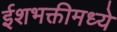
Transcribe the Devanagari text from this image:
ईशभक्तीमध्ये